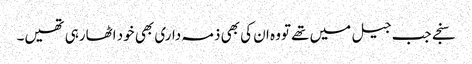
سنجے جب جیل میں تھے تووہ ان کی بھی ذمہ داری بھی خود اٹھارہی تھیں۔